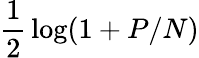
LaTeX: {\frac{1}{2}}\log(1+P/N)